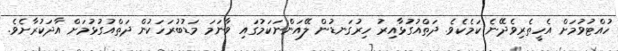
ހުއްޓުވުމަށް އެހީތެރިވެދޭނެ ކަމެކެވެ. ދަތްއުގުޅާއިރު ހިރުގަނޑުން ލޭއަންނަކަމުގައި ވާނަމަ މަޑުބުރަހަކުން ދަތްއުގުޅުމަށް އާދަކުރާށެވެ.